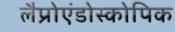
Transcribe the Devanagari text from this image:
लैप्रोएंडोस्कोपिक